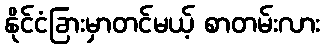
နိုင်ငံခြားမှာတင်မယ့် စာတမ်းလား